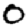
Digit: 0